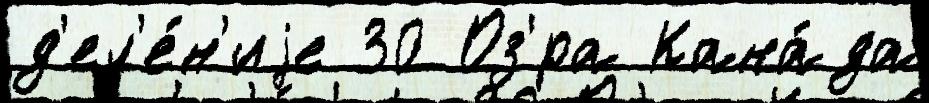
д'ел'е́н'иjе 30 Оз'́ра Кана́да